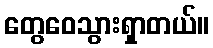
တွေဝေသွားရှာတယ်။